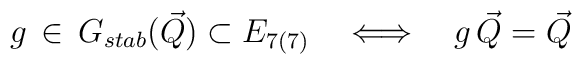
g \, \in \, G_{stab}({\vec Q}) \subset E_{7(7)} \quad\Longleftrightarrow \quad g \,  {\vec Q}  = {\vec Q}